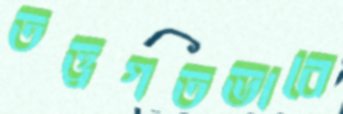
তত্ত্বগতভাবে